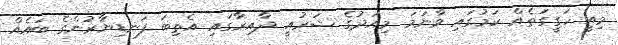
މިއީ ހަގީގަތެއް ކަމުގައި ވާނަމަ މިއަދުގެ ޝަރުއީ ދާއިރާގައި އެތިބަ ފަނޑިޔާރުންގެ ބައެއް